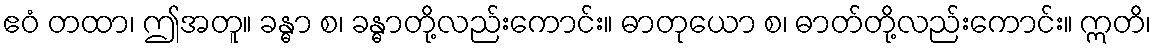
ဧဝံ တထာ၊ ဤအတူ။ ခန္ဓာ စ၊ ခန္ဓာတို့လည်းကောင်း။ ဓာတုယော စ၊ ဓာတ်တို့လည်းကောင်း။ ဣတိ၊